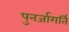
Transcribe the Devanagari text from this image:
पुनर्जागर्ति